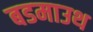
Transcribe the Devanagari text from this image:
बडमाउथ